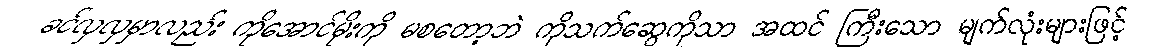
ခင်လှလှမှာလည်း ကိုအောင်မိုးကို မစတော့ဘဲ ကိုသက်ဆွေကိုသာ အထင် ကြီးသော မျက်လုံးများဖြင့်